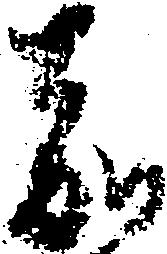
嘉